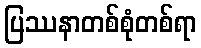
ပြဿနာတစ်စုံတစ်ရာ